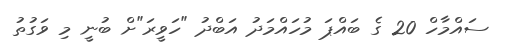
ސައްމާހް 20 ގެ ބައްޕަ މުހައްމަދު އަބްދު "ހަވީރަ"ށް ބުނީ މި ވަގުތު